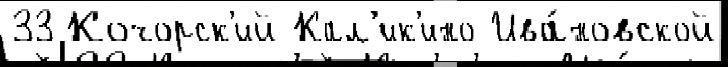
33 Кочорск'ий Кал'ик'ино Ива́новской